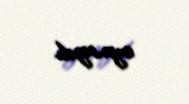
oynayıb.